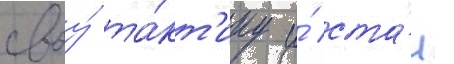
своу́ та́кт'ику и́ ста́л